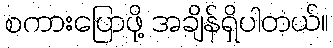
စကားပြောဖို့ အချိန်ရှိပါတယ်။